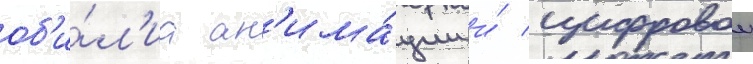
об'и́л'иа ан'има́ции и́ цифровои